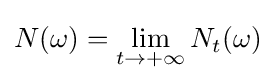
N(\omega )=\lim _{t\to +\infty }N_{t}(\omega )